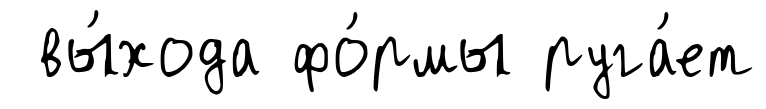
вы́хода фо́рмы руга́ет